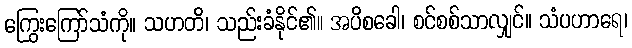
ကြွေးကြော်သံကို။ သဟတိ၊ သည်းခံနိုင်၏။ အပိစခေါ၊ စင်စစ်သာလျှင်။ သံပဟာရေ၊